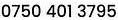
0750 401 3795